Vaccination United Provinces of Agra and Oudh 1902-1913 - 1902-1913
Year: 1902
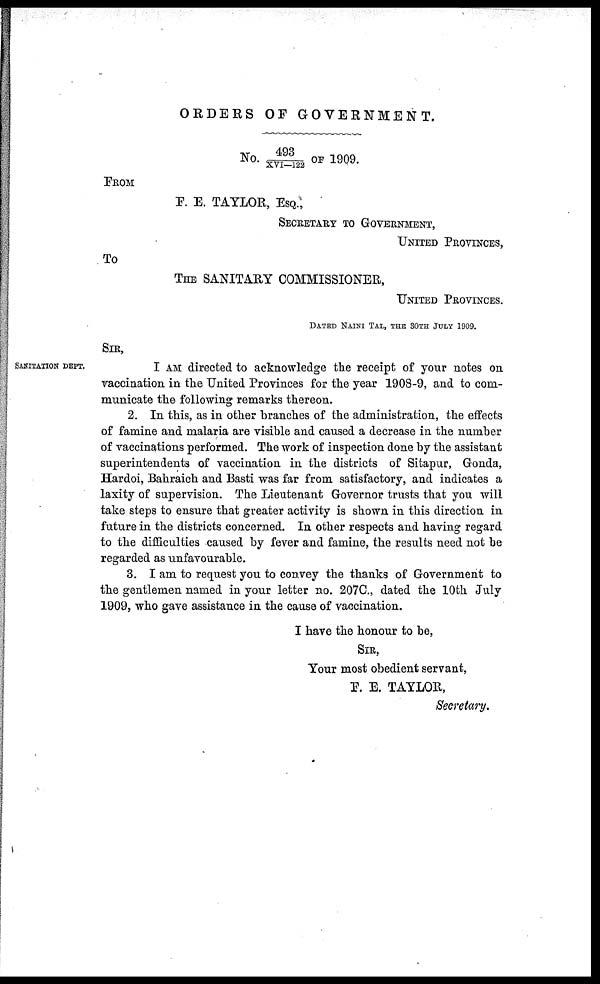
ORDERS OF GOVERNMENT.
No. 493/XVI—122 OF 1909.
FROM
F. E. TAYLOR, ESQ.,
SECRETARY TO GOVERNMENT,
UNITED PROVINCES,
To
THE SANITARY COMMISSIONER,
UNITED PROVINCES.
DATED NAINI TAL, THE 30TH JULY 1909.
SIR,
SANITATION DEPT.
I AM directed to acknowledge the receipt of your notes on
vaccination in the United Provinces for the year 1908-9, and to com-
municate the following remarks thereon.
2. In this, as in other branches of the administration, the effects
of famine and malaria are visible and caused a decrease in the number
of vaccinations performed. The work of inspection done by the assistant
superintendents of vaccination in the districts of Sitapur, Gonda,
Hardoi, Bahraich and Basti was far from satisfactory, and indicates a
laxity of supervision. The Lieutenant Governor trusts that you will
take steps to ensure that greater activity is shown in this direction in
future in the districts concerned. In other respects and having regard
to the difficulties caused by fever and famine, the results need not be
regarded as unfavourable.
3. I am to request you to convey the thanks of Government to
the gentlemen named in your letter no. 207C., dated the 10th July
1909, who gave assistance in the cause of vaccination.
I have the honour to be,
SIR,
Your most obedient servant,
F. E. TAYLOR,
Secretary.